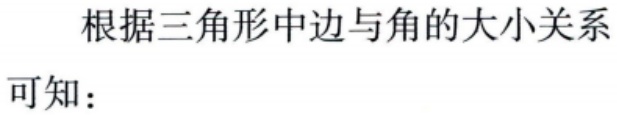
根据三角形中边与角的大小关系

可知：